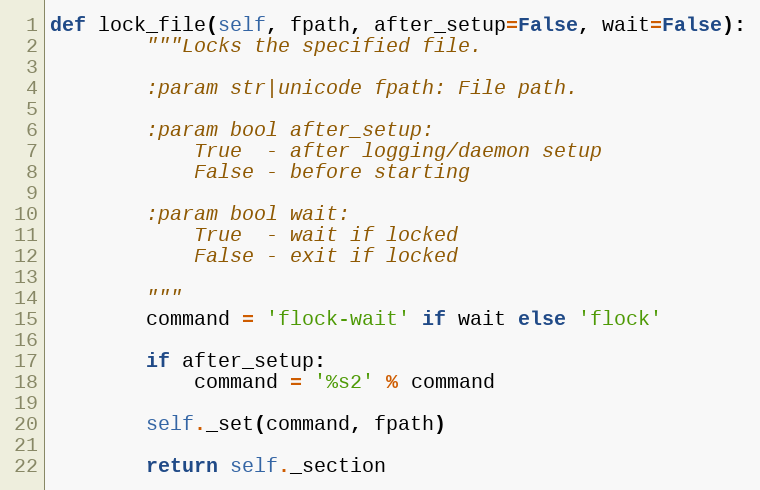
Language: Python
def lock_file(self, fpath, after_setup=False, wait=False):
        """Locks the specified file.

        :param str|unicode fpath: File path.

        :param bool after_setup:
            True  - after logging/daemon setup
            False - before starting

        :param bool wait:
            True  - wait if locked
            False - exit if locked

        """
        command = 'flock-wait' if wait else 'flock'

        if after_setup:
            command = '%s2' % command

        self._set(command, fpath)

        return self._section